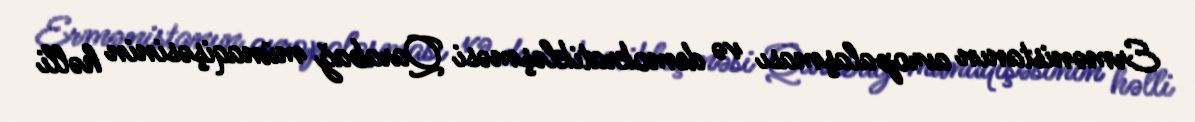
Ermənistanın avropalaşması və demokratikləşməsi Qarabağ münaqişəsinin həlli